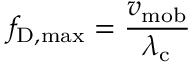
f _ { \mathrm { { D , m a x } } } = { \frac { v _ { \mathrm { { m o b } } } } { \lambda _ { \mathrm { { c } } } } }